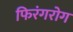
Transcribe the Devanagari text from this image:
फिरंगरोग